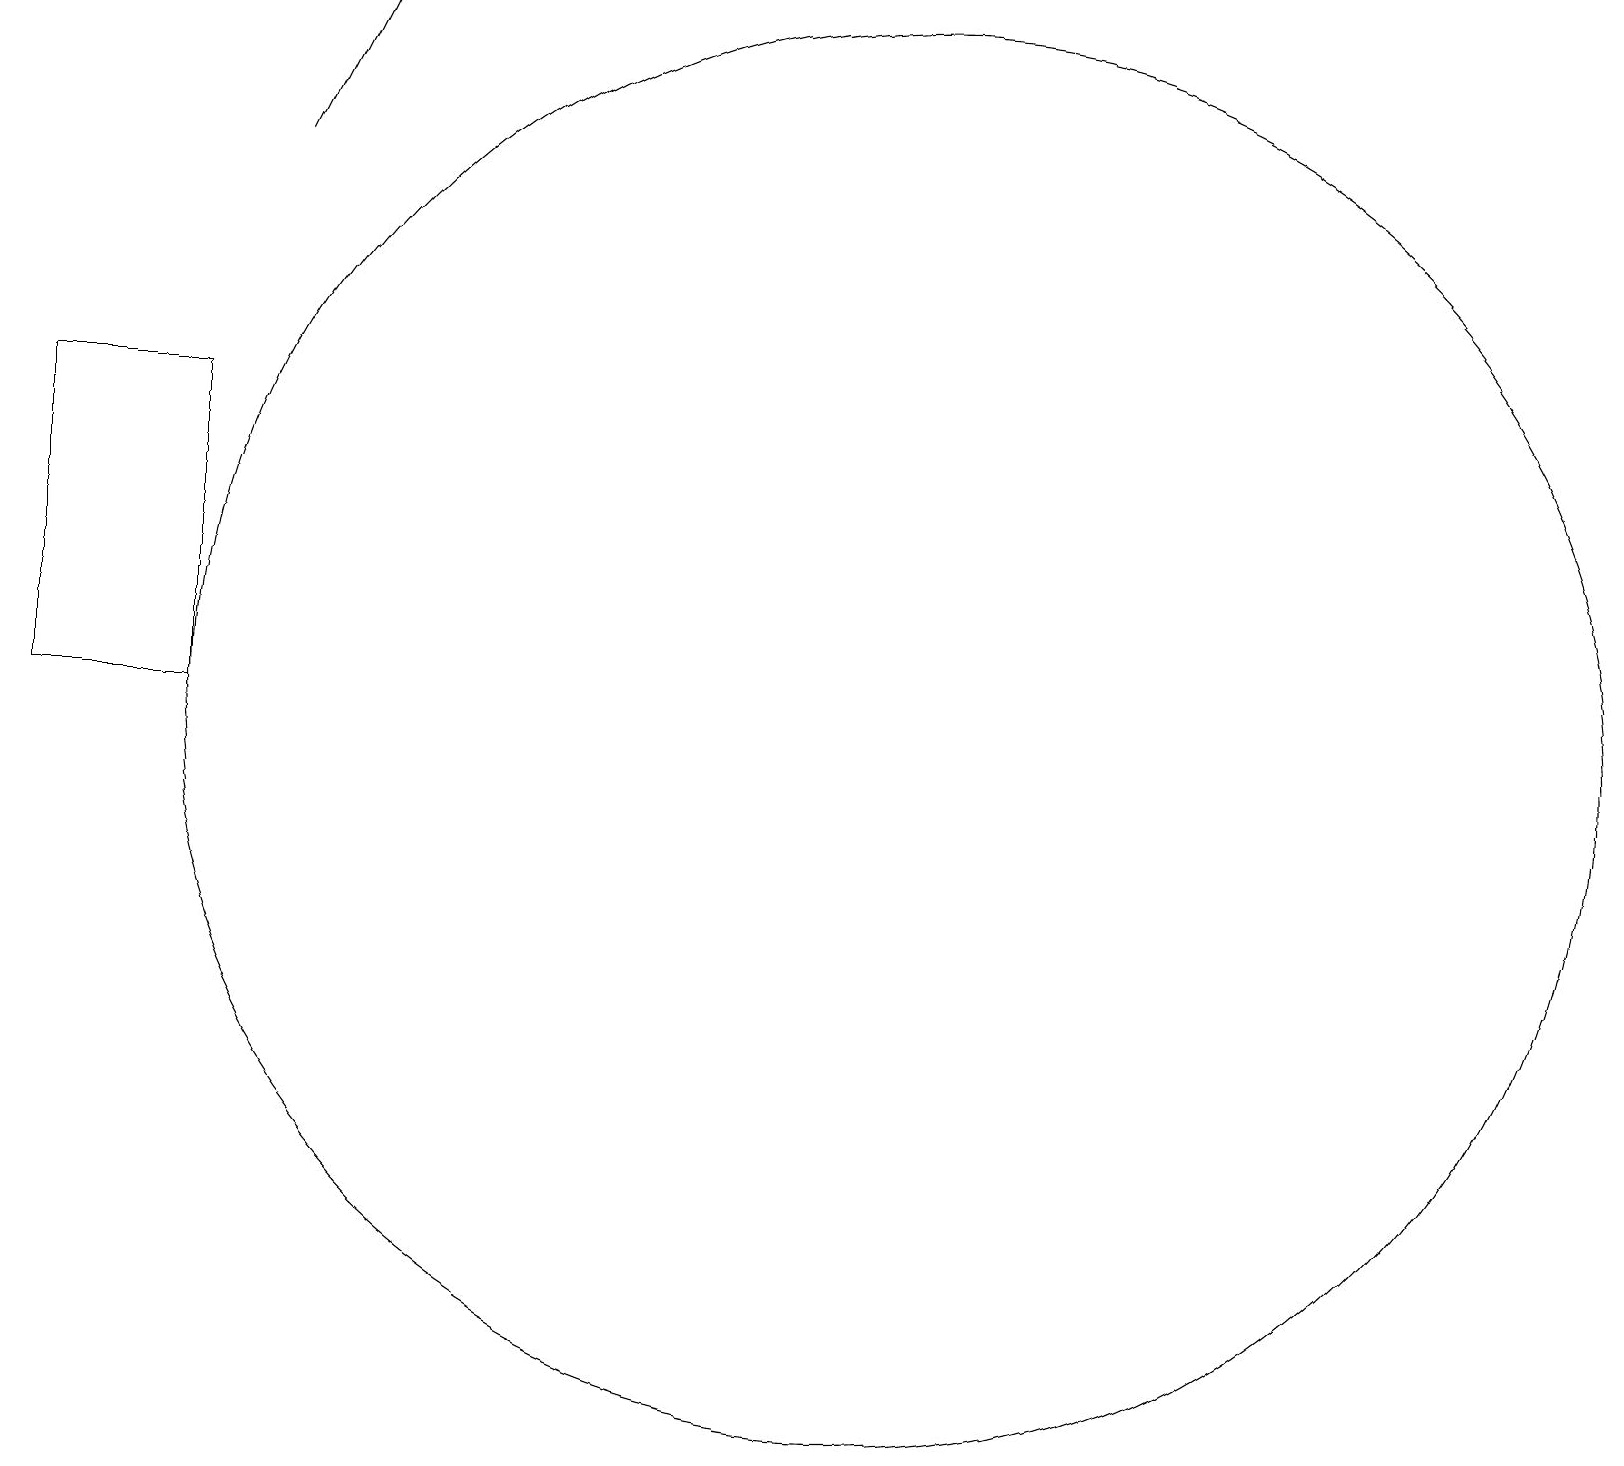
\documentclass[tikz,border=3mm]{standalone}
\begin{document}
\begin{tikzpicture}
\draw (3,10) rectangle (1,14);
\draw (12,10) circle (9);
\draw[->] (4,17) -- (5,19);
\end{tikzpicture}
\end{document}